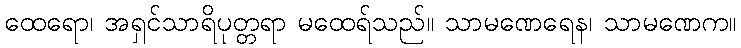
ထေရော၊ အရှင်သာရိပုတ္တရာ မထေရ်သည်။ သာမဏေရေန၊ သာမဏေက။